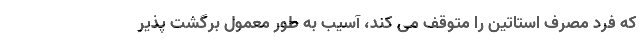
که فرد مصرف استاتین را متوقف می کند، آسیب به طور معمول برگشت پذیر